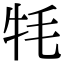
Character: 牦